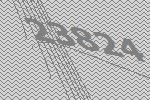
23824